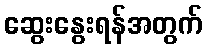
ဆွေးနွေးရန်အတွက်